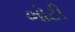
ભોટી